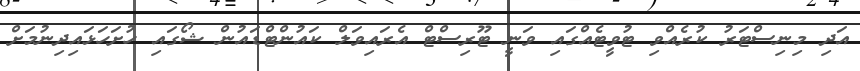
އަދި މިނިސްޓަރު ކުރެއްވި ޓުވީޓެއްގައި ވަނީ ޓޫރިސްޓް އެރައިވަލް ކައުންޓްޑައުން ޝޯގައި ހުށަހަޅައިދިނުމަށް